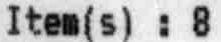
ITEM(S) : 8